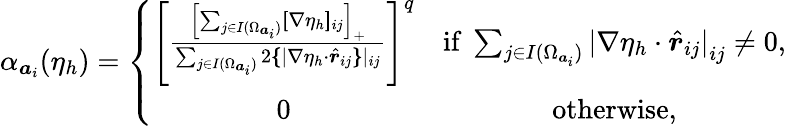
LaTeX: \alpha_{{\boldsymbol a}_{i}}(\eta_{h})=\left\{ \begin{array}{cc}{\left[\frac{\left[{\sum_{j\in I(\Omega_{{\boldsymbol a}_{i}})}[\! [\nabla\eta_{h}]\! ]_{ij}}\right]_{+}}{\sum_{j\in I(\Omega_{{\boldsymbol a}_{i}})}2\{ \! \! \{ |\nabla\eta_{h}\cdot\hat{\boldsymbol{r}}_{ij}\} \! \! \} |_{ij}}\right]^{q}}&{\mathrm{if~}\sum_{j\in I(\Omega_{{\boldsymbol a}_{i}})}{{|\nabla\eta_{h}\cdot\hat{\boldsymbol{r}}_{ij}|}}_{ij}\neq 0,}\\ {0}&{\mathrm{otherwise},}\end{array}\right.